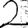
Digit: 2